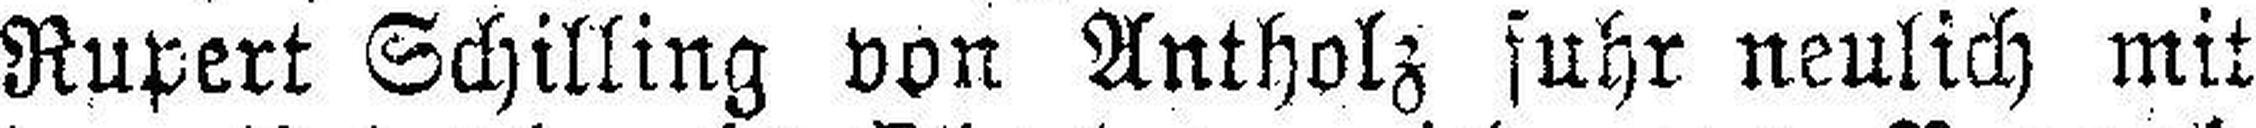
Rupert Schilling von Antholz fuhr neulich mit